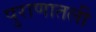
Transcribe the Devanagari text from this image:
पुराणातली